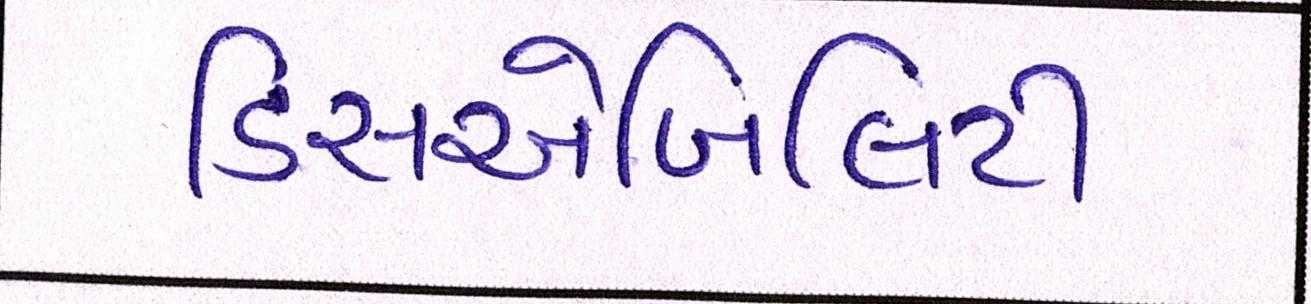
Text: ડિસએબિલિટી